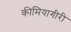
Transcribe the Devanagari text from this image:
कीमियागीरी